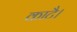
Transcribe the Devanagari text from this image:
काटै।